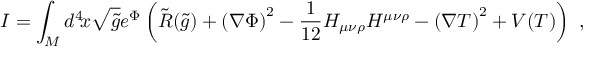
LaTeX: I = \int _ { \cal { M } } d ^ { 4 } \! x \sqrt { \tilde { g } } e ^ { \Phi } \left( \tilde { R } ( \tilde { g } ) + \left( \nabla \Phi \right) ^ { 2 } - { \frac { 1 } { 1 2 } } H _ { \mu \nu \rho } H ^ { \mu \nu \rho } - \left( \nabla T \right) ^ { 2 } + V ( T ) \right) \ ,